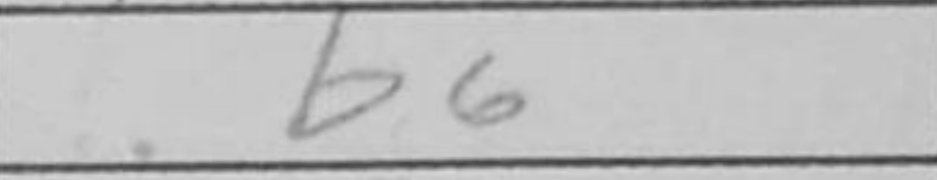
Transcription: b6